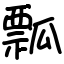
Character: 瓢